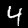
Label: 4